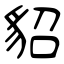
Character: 貂